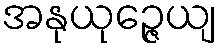
အနုယုဉ္ဇေယျ